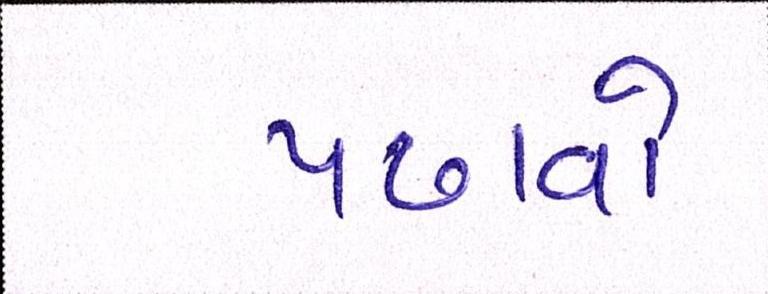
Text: પઢાવો